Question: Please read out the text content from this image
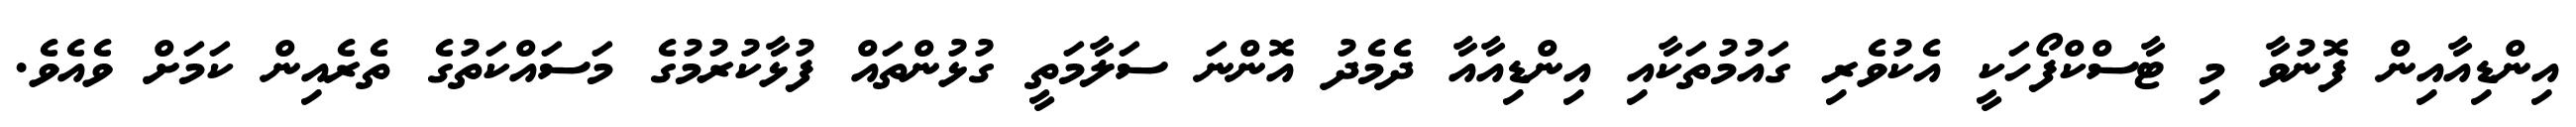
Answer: އިންޑިއާއިން ފޮނުވާ މި ޓާސްކްފޯހަކީ އެކުވެރި ގައުމުތަކާއި އިންޑިއާއާ ދެމެދު އޮންނަ ސަލާމަތީ ގުޅުންތައް ފުޅާކުރުމުގެ މަސައްކަތުގެ ތެރެއިން ކަމަށް ވެއެވެ.